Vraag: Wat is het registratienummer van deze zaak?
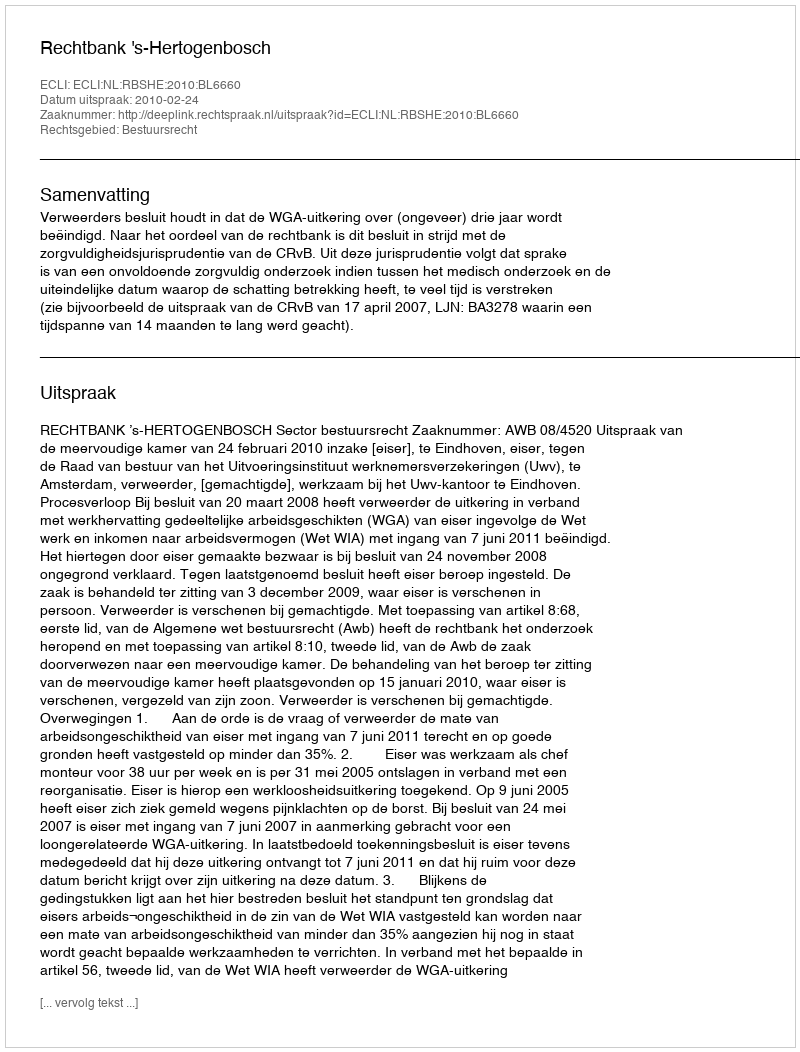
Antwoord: http://deeplink.rechtspraak.nl/uitspraak?id=ECLI:NL:RBSHE:2010:BL6660